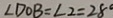
\angle D O B = \angle 2 = 2 8 ^ { \circ }